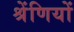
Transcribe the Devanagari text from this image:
श्रेंणियों